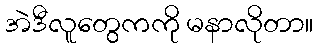
အဲဒီလူတွေကကို မနာလိုတာ။